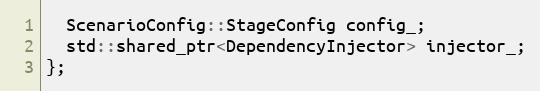
Language: C++
  ScenarioConfig::StageConfig config_;
  std::shared_ptr<DependencyInjector> injector_;
};